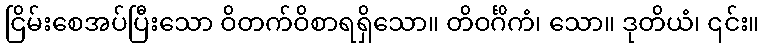
ငြိမ်းစေအပ်ပြီးသော ဝိတက်ဝိစာရရှိသော။ တိဝင်္ဂိကံ၊ သော။ ဒုတိယံ၊ ၎င်း။